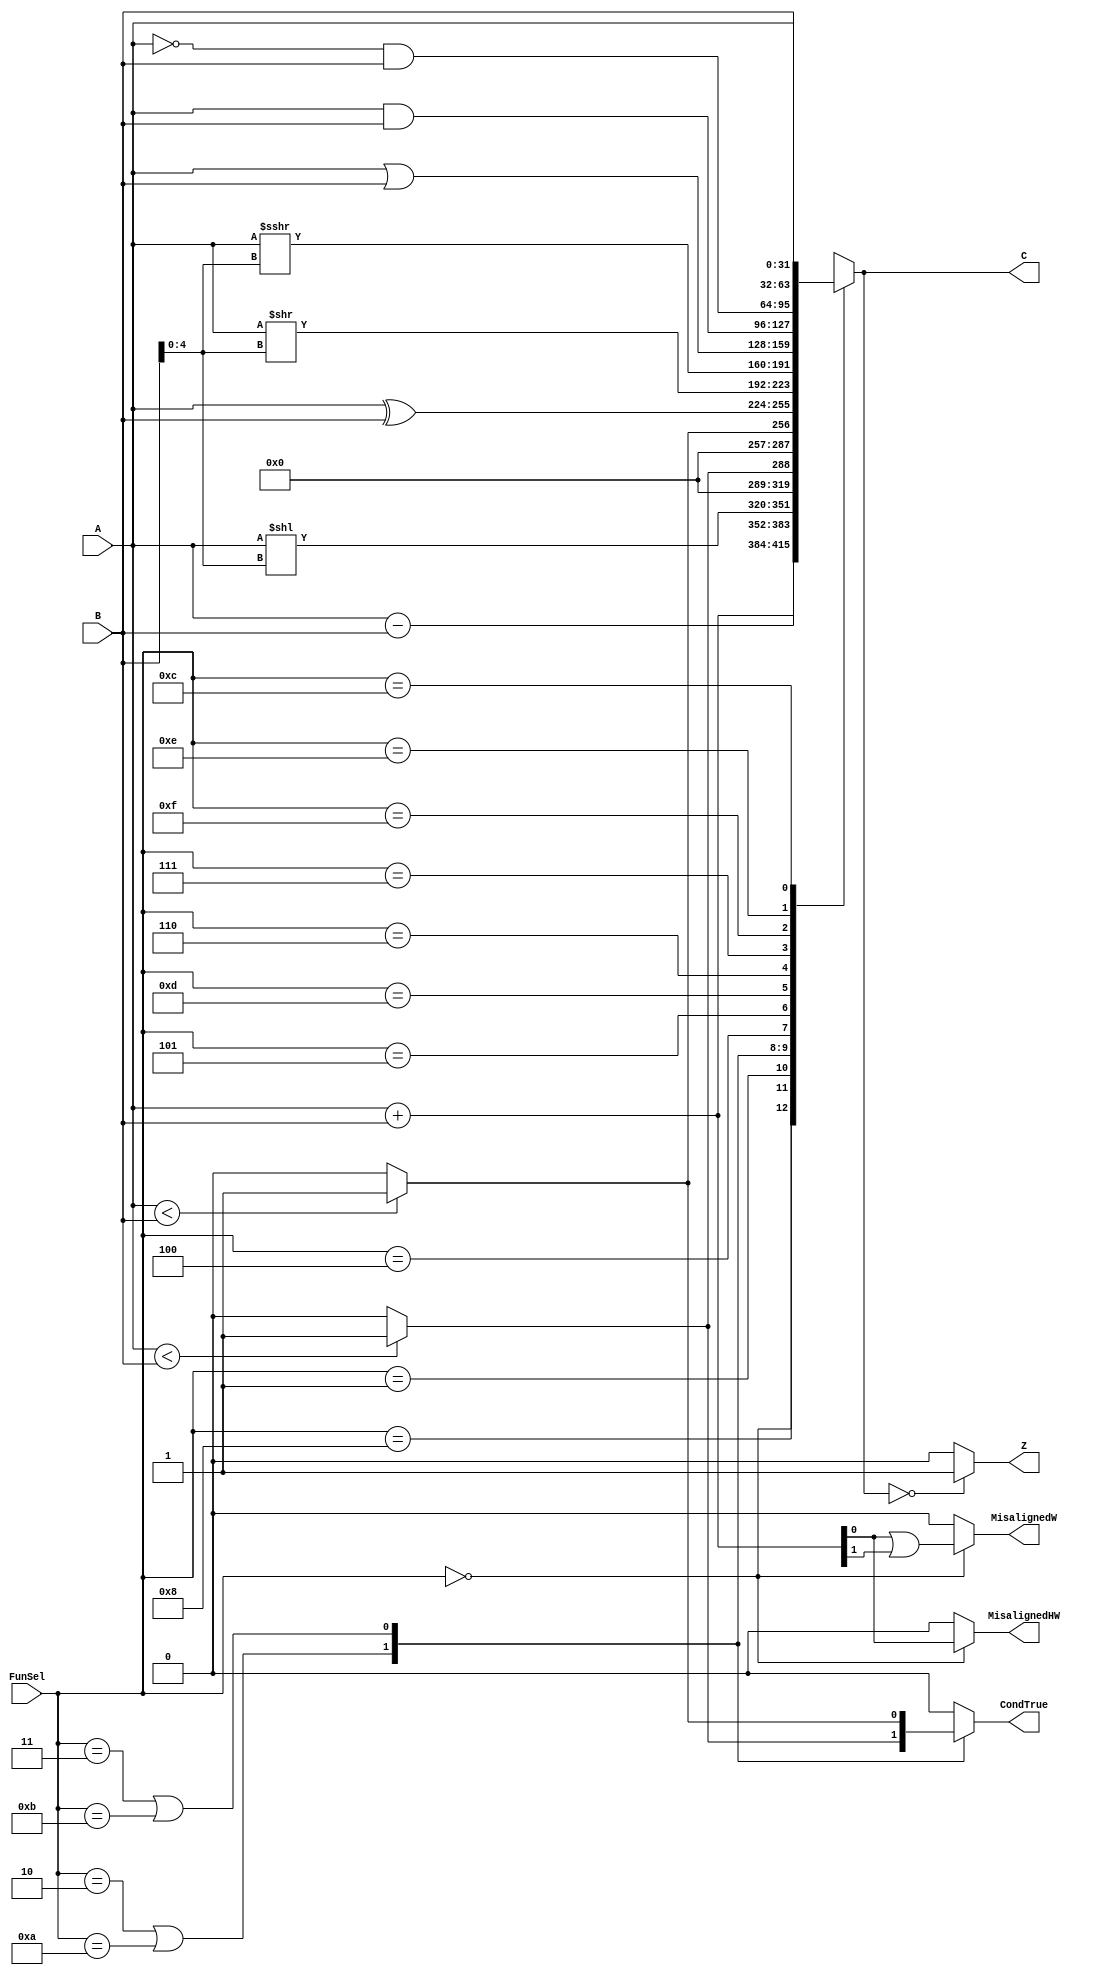
/* Generated by Yosys 0.9+3624 (git sha1 UNKNOWN, clang 7.0.1-8+deb10u2 -fPIC -Os) */

module ALU(A, B, FunSel, C, Z, CondTrue, MisalignedW, MisalignedHW);
  wire [31:0] _00_;
  wire _01_;
  wire _02_;
  wire _03_;
  wire _04_;
  wire _05_;
  wire _06_;
  wire _07_;
  wire _08_;
  wire [31:0] _09_;
  wire _10_;
  wire _11_;
  wire [31:0] _12_;
  wire _13_;
  wire [31:0] _14_;
  wire _15_;
  wire [31:0] _16_;
  wire _17_;
  wire [31:0] _18_;
  wire _19_;
  wire [31:0] _20_;
  wire [31:0] _21_;
  wire _22_;
  wire _23_;
  wire _24_;
  wire _25_;
  wire [31:0] _26_;
  wire _27_;
  wire _28_;
  wire _29_;
  wire _30_;
  wire _31_;
  wire [31:0] _32_;
  wire _33_;
  wire [31:0] _34_;
  wire _35_;
  wire _36_;
  wire _37_;
  input [31:0] A;
  input [31:0] B;
  output [31:0] C;
  output CondTrue;
  input [3:0] FunSel;
  output MisalignedHW;
  output MisalignedW;
  output Z;
  assign _00_ = A + B;
  assign _11_ = _00_[0] | _00_[1];
  assign _22_ = FunSel == 4'h0;
  assign _32_ = A - B;
  assign _33_ = FunSel == 4'h8;
  assign _34_ = A << { 26'h0000000, B[4:0] };
  assign _35_ = FunSel == 4'h1;
  assign _36_ = $signed(A) < $signed(B);
  assign _37_ = _36_ ? 1'h1 : 1'h0;
  assign _01_ = FunSel == 4'h2;
  assign _02_ = FunSel == 4'ha;
  assign _03_ = _01_ | _02_;
  assign _04_ = A < B;
  assign _05_ = _04_ ? 1'h1 : 1'h0;
  assign _06_ = FunSel == 4'h3;
  assign _07_ = FunSel == 4'hb;
  assign _08_ = _06_ | _07_;
  assign _09_ = A ^ B;
  assign _10_ = FunSel == 4'h4;
  assign _12_ = A >> { 26'h0000000, B[4:0] };
  assign _13_ = FunSel == 4'h5;
  assign _14_ = $signed(A) >>> { 26'h0000000, B[4:0] };
  assign _15_ = FunSel == 4'hd;
  assign _16_ = A | B;
  assign _17_ = FunSel == 4'h6;
  assign _18_ = A & B;
  assign _19_ = FunSel == 4'h7;
  assign _20_ = ~ A;
  assign _21_ = _20_ & B;
  assign _23_ = FunSel == 4'hf;
  assign _24_ = FunSel == 4'he;
  assign _25_ = FunSel == 4'hc;
  function [31:0] \77 ;
    input [31:0] a;
    input [415:0] b;
    input [12:0] s;
    (* parallel_case *)
    casez (s)
      13'b????????????1:
        \77  = b[31:0];
      13'b???????????1?:
        \77  = b[63:32];
      13'b??????????1??:
        \77  = b[95:64];
      13'b?????????1???:
        \77  = b[127:96];
      13'b????????1????:
        \77  = b[159:128];
      13'b???????1?????:
        \77  = b[191:160];
      13'b??????1??????:
        \77  = b[223:192];
      13'b?????1???????:
        \77  = b[255:224];
      13'b????1????????:
        \77  = b[287:256];
      13'b???1?????????:
        \77  = b[319:288];
      13'b??1??????????:
        \77  = b[351:320];
      13'b?1???????????:
        \77  = b[383:352];
      13'b1????????????:
        \77  = b[415:384];
      default:
        \77  = a;
    endcase
  endfunction
  assign _26_ = \77 (32'hxxxxxxxx, { A, B, _21_, _18_, _16_, _14_, _12_, _09_, 31'h00000000, _05_, 31'h00000000, _37_, _34_, _32_, _00_ }, { _25_, _24_, _23_, _19_, _17_, _15_, _13_, _10_, _08_, _03_, _35_, _33_, _22_ });
  function [0:0] \79 ;
    input [0:0] a;
    input [12:0] b;
    input [12:0] s;
    (* parallel_case *)
    casez (s)
      13'b????????????1:
        \79  = b[0:0];
      13'b???????????1?:
        \79  = b[1:1];
      13'b??????????1??:
        \79  = b[2:2];
      13'b?????????1???:
        \79  = b[3:3];
      13'b????????1????:
        \79  = b[4:4];
      13'b???????1?????:
        \79  = b[5:5];
      13'b??????1??????:
        \79  = b[6:6];
      13'b?????1???????:
        \79  = b[7:7];
      13'b????1????????:
        \79  = b[8:8];
      13'b???1?????????:
        \79  = b[9:9];
      13'b??1??????????:
        \79  = b[10:10];
      13'b?1???????????:
        \79  = b[11:11];
      13'b1????????????:
        \79  = b[12:12];
      default:
        \79  = a;
    endcase
  endfunction
  assign _27_ = \79 (1'h0, { 8'h00, _05_, _37_, 3'h0 }, { _25_, _24_, _23_, _19_, _17_, _15_, _13_, _10_, _08_, _03_, _35_, _33_, _22_ });
  function [0:0] \82 ;
    input [0:0] a;
    input [12:0] b;
    input [12:0] s;
    (* parallel_case *)
    casez (s)
      13'b????????????1:
        \82  = b[0:0];
      13'b???????????1?:
        \82  = b[1:1];
      13'b??????????1??:
        \82  = b[2:2];
      13'b?????????1???:
        \82  = b[3:3];
      13'b????????1????:
        \82  = b[4:4];
      13'b???????1?????:
        \82  = b[5:5];
      13'b??????1??????:
        \82  = b[6:6];
      13'b?????1???????:
        \82  = b[7:7];
      13'b????1????????:
        \82  = b[8:8];
      13'b???1?????????:
        \82  = b[9:9];
      13'b??1??????????:
        \82  = b[10:10];
      13'b?1???????????:
        \82  = b[11:11];
      13'b1????????????:
        \82  = b[12:12];
      default:
        \82  = a;
    endcase
  endfunction
  assign _28_ = \82 (1'h0, { 12'h000, _11_ }, { _25_, _24_, _23_, _19_, _17_, _15_, _13_, _10_, _08_, _03_, _35_, _33_, _22_ });
  function [0:0] \85 ;
    input [0:0] a;
    input [12:0] b;
    input [12:0] s;
    (* parallel_case *)
    casez (s)
      13'b????????????1:
        \85  = b[0:0];
      13'b???????????1?:
        \85  = b[1:1];
      13'b??????????1??:
        \85  = b[2:2];
      13'b?????????1???:
        \85  = b[3:3];
      13'b????????1????:
        \85  = b[4:4];
      13'b???????1?????:
        \85  = b[5:5];
      13'b??????1??????:
        \85  = b[6:6];
      13'b?????1???????:
        \85  = b[7:7];
      13'b????1????????:
        \85  = b[8:8];
      13'b???1?????????:
        \85  = b[9:9];
      13'b??1??????????:
        \85  = b[10:10];
      13'b?1???????????:
        \85  = b[11:11];
      13'b1????????????:
        \85  = b[12:12];
      default:
        \85  = a;
    endcase
  endfunction
  assign _29_ = \85 (1'h0, { 12'h000, _00_[0] }, { _25_, _24_, _23_, _19_, _17_, _15_, _13_, _10_, _08_, _03_, _35_, _33_, _22_ });
  assign _30_ = _26_ == 32'd0;
  assign _31_ = _30_ ? 1'h1 : 1'h0;
  assign C = _26_;
  assign Z = _31_;
  assign CondTrue = _27_;
  assign MisalignedW = _28_;
  assign MisalignedHW = _29_;
endmodule